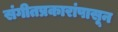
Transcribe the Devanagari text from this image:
संगीतप्रकारांपासून